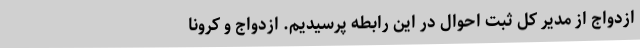
ازدواج از مدیر کل ثبت احوال در این رابطه پرسیدیم. ازدواج و کرونا